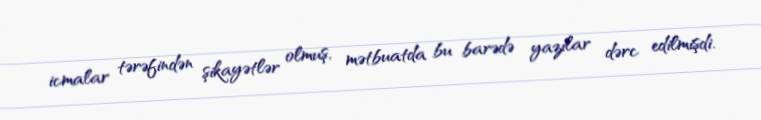
icmalar tərəfindən şikayətlər olmuş, mətbuatda bu barədə yazılar dərc edilmişdi.